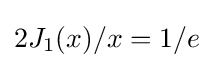
2J_{1}(x)/x=1/{e}